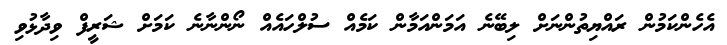
އެހެންކަމުން ރައްޔިތުންނަށް ލިބޭނެ އަމަންއަމާން ކަމެއް ސުލްހައެއް ނޯންނާނެ ކަމަށް ޝަރީފް ވިދާޅުވި